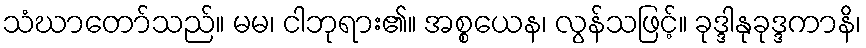
သံဃာတော်သည်။ မမ၊ ငါဘုရား၏။ အစ္စယေန၊ လွန်သဖြင့်။ ခုဒ္ဒါနုခုဒ္ဒကာနိ၊